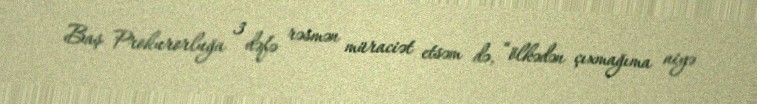
Baş Prokurorluğa 3 dəfə rəsmən müraciət etsəm də, “ölkədən çıxmağıma niyə